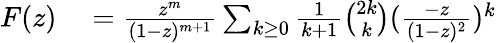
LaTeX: \begin{array}{rl}{F(z)}&{{}={\frac{z^{m}}{(1-z)^{m+1}}}\sum_{k\geq 0}{{\frac{1}{k+1}}{\binom{2k}{k}}({\frac{-z}{(1-z)^{2}}})^{k}}}\end{array}